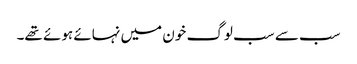
سب سے سب لوگ خون میں نہائے ہوئے تھے۔